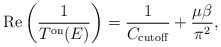
\begin{align*}\mbox{Re} \left(\frac{1}{T^{\rm on}(E)}\right)=\frac{1}{C_{\rm cutoff}} + \frac{\mu \beta}{\pi^2},\end{align*}